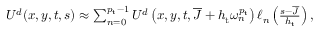
\begin{array} { r } { U ^ { d } ( \boldsymbol { x } , \boldsymbol { y } , t , s ) \approx \sum _ { n = 0 } ^ { { p _ { \mathrm { t } } } - 1 } U ^ { d } \left( \boldsymbol { x } , \boldsymbol { y } , t , \overline { { J } } + h _ { \mathrm { t } } \omega _ { n } ^ { p _ { \mathrm { t } } } \right) \ell _ { n } \left( \frac { s - \overline { { J } } } { h _ { \mathrm { t } } } \right) , } \end{array}